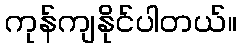
ကုန်ကျနိုင်ပါတယ်။